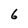
Character: 6